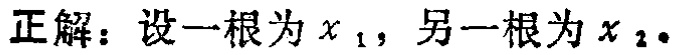
正解：设一根为\(x_{1}\)，另一根为\(x_{2}\)。